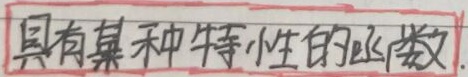
具有某种特性的函数.